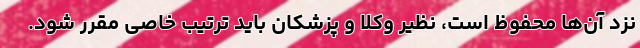
نزد آن‌ها محفوظ است، نظیر وکلا و پزشکان باید ترتیب خاصی مقرر شود.